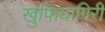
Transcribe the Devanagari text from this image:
खुफियागिरी